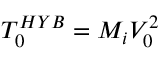
T _ { 0 } ^ { H Y B } = M _ { i } V _ { 0 } ^ { 2 }